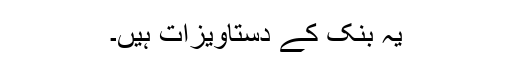
یہ بنک کے دستاویزات ہیں۔